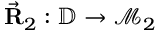
\vec { \bf R } _ { 2 } : \mathbb { D } \rightarrow \mathcal { M } _ { 2 }